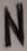
Text: N